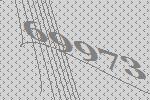
69973